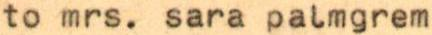
to mrs. sara palmgrem